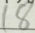
1 8